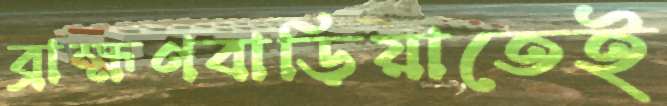
ব্রাহ্মণবাড়িয়াতেই